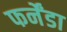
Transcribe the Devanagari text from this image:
फर्नेंडा